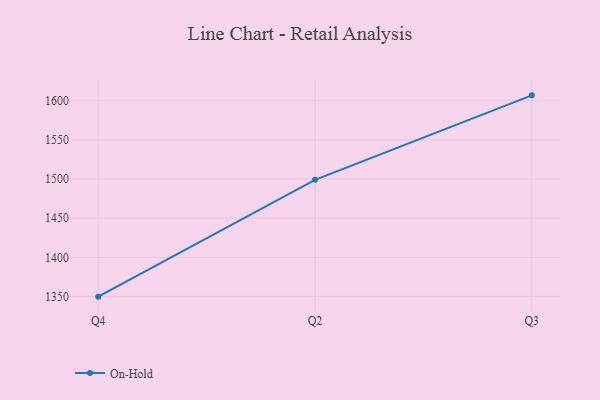
{"axis": {"x": "Quarter", "y": "Production Output"}, "legend": ["On-Hold"], "data": [{"x": "Q4", "y": 1349.7, "type": "On-Hold"}, {"x": "Q2", "y": 1499.0, "type": "On-Hold"}, {"x": "Q3", "y": 1607.0, "type": "On-Hold"}]}